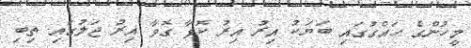
މީހުންގެ ހައްގުގައި ބަޔަކު އިރު އިރު ކޮޅާ ގޮވާ އިރު ޖަލުގައި ތިބި